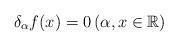
LaTeX: \begin{align*} \delta_{\alpha}f(x)=0 \left(\alpha, x\in \mathbb{R}\right)\end{align*}